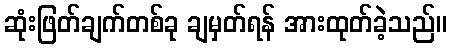
ဆုံးဖြတ်ချက်တစ်ခု ချမှတ်ရန် အားထုတ်ခဲ့သည်။